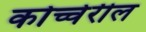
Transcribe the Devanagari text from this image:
कोच्चेरील